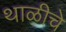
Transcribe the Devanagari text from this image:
थाळीचे